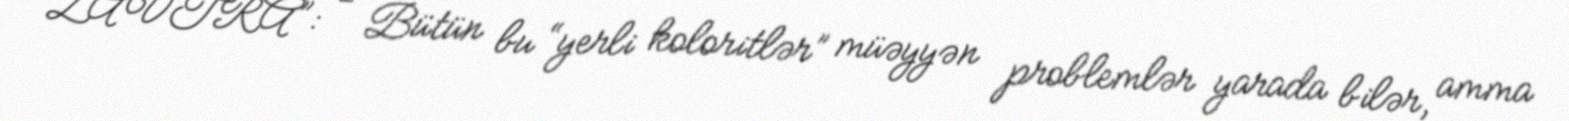
“ZAVTRA”: - Bütün bu “yerli koloritlər” müəyyən problemlər yarada bilər, amma